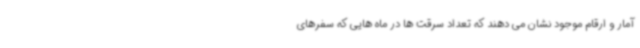
آمار و ارقام موجود نشان می دهند که تعداد سرقت ها در ماه هایی که سفرهای